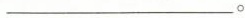
___。